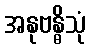
အနုဗန္ဓိသုံ